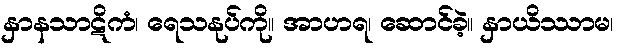
နှာနသာဋိကံ၊ ရေသနုပ်ကို။ အာဟရ၊ ဆောင်ခဲ့။ နှာယိဿာမ၊